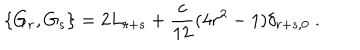
LaTeX: \{ G _ { r } , G _ { s } \} = 2 L _ { r + s } + \frac { c } { 1 2 } ( 4 r ^ { 2 } - 1 ) \delta _ { r + s , 0 } \ .